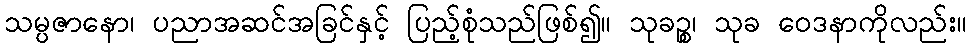
သမ္ပဇာနော၊ ပညာအဆင်အခြင်နှင့် ပြည့်စုံသည်ဖြစ်၍။ သုခဉ္စ၊ သုခ ဝေဒနာကိုလည်း။